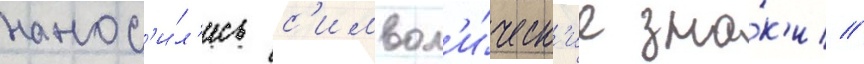
нанос'и́л'ись с'имвол'и́ческ'ие зна́к'и //